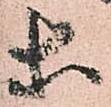
等